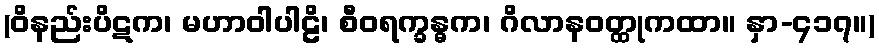
(ဝိနည်းပိဋက၊ မဟာဝါပါဠိ၊ စီဝရက္ခန္ဓက၊ ဂိလာနဝတ္ထုကထာ။ နှာ-၄၁၇။)